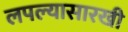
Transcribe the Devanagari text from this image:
लपल्यासारखी